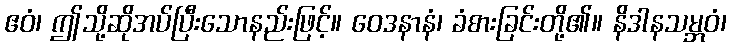
ဧဝံ၊ ဤသို့ဆိုအပ်ပြီးသောနည်းဖြင့်။ ဝေဒနာနံ၊ ခံစားခြင်းတို့၏။ နိဒါနသမ္ဘဝံ၊